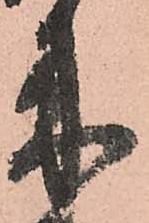
来